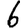
Digit: 6